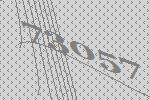
73057